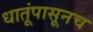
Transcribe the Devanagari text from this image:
धातूंपासूनच